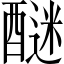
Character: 醚